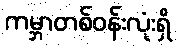
ကမ္ဘာတစ်ဝန်းလုံးရှိ